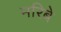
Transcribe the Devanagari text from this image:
मरिबे